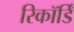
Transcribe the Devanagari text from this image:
रिकॉर्डिं